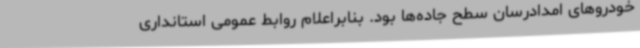
خودروهای امدادرسان سطح جاده‌ها بود. بنابراعلام روابط عمومی استانداری